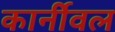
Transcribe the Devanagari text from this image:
कार्नीवल